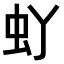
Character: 𫊦